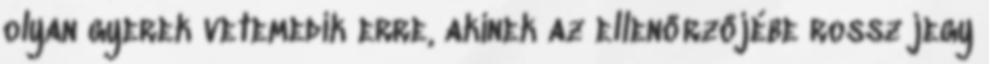
olyan gyerek vetemedik erre, akinek az ellenőrzőjébe rossz jegy